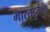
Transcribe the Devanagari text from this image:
भारतदुर्दशा